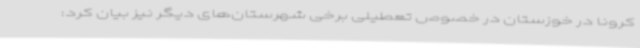
کرونا در خوزستان در خصوص تعطیلی برخی شهرستان‌های دیگر نیز بیان کرد: